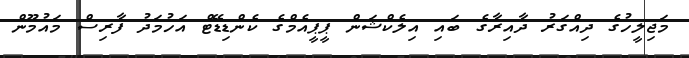
މަޖިލީހުގެ ދިއްގަރު ދާއިރާގެ ބައި އިލެކްޝަން ޕީޕީއެމްގެ ކެންޑިޑޭޓް އަހުމަދު ފާރިސް މައުމޫން